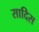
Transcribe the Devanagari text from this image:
सादिस